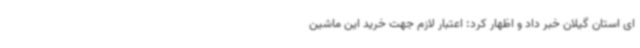
ای استان گیلان خبر داد و اظهار کرد: اعتبار لازم جهت خرید این ماشین